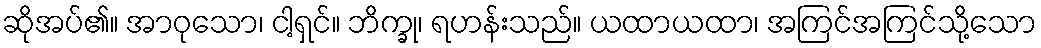
ဆိုအပ်၏။ အာဝုသော၊ ငါ့ရှင်။ ဘိက္ခု၊ ရဟန်းသည်။ ယထာယထာ၊ အကြင်အကြင်သို့သော